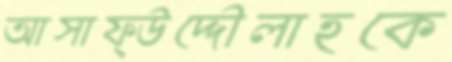
আসাফ্উদ্দৌলাহকে